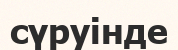
сүруінде